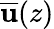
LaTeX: \overline{{{\mathbf{u}}}}(z)